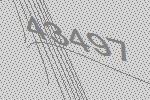
43497